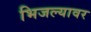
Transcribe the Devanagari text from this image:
भिजल्यावर